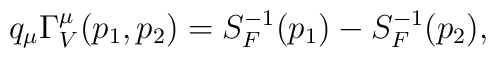
q_\mu \Gamma _V^\mu (p_1,p_2)=S_F^{-1}(p_1)-S_F^{-1}(p_2),